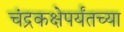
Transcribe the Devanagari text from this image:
चंद्रकक्षेपर्यंतच्या